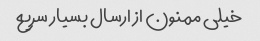
خیلی ممنون از ارسال بسیار سریع